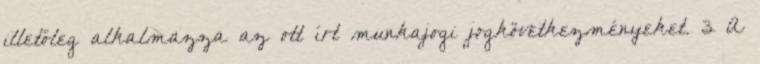
illetőleg alkalmazza az ott írt munkajogi jogkövetkezményeket. 3 A